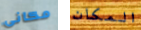
مكانى المكان